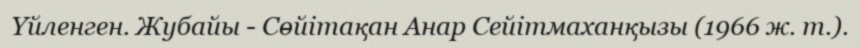
Үйленген. Жубайы - Сөйітақан Анар Сейітмаханқызы (1966 ж. т.).